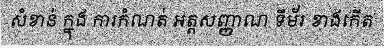
សំខាន់ ក្នុង ការកំណត់ អត្តសញ្ញាណ ទីម័រ ខាងកើត